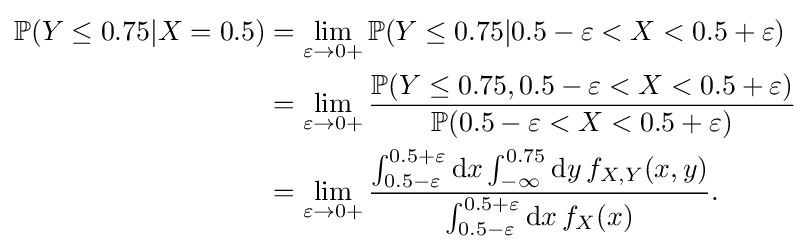
{\begin{aligned}\mathbb {P} (Y\leq 0.75|X=0.5)&=\lim _{\varepsilon \to 0+}\mathbb {P} (Y\leq 0.75|0.5-\varepsilon <X<0.5+\varepsilon )\\&=\lim _{\varepsilon \to 0+}{\frac {\mathbb {P} (Y\leq 0.75,0.5-\varepsilon <X<0.5+\varepsilon )}{\mathbb {P} (0.5-\varepsilon <X<0.5+\varepsilon )}}\\&=\lim _{\varepsilon \to 0+}{\frac {\int _{0.5-\varepsilon }^{0.5+\varepsilon }\mathrm {d} x\int _{-\infty }^{0.75}\mathrm {d} y\,f_{X,Y}(x,y)}{\int _{0.5-\varepsilon }^{0.5+\varepsilon }\mathrm {d} x\,f_{X}(x)}}.\end{aligned}}